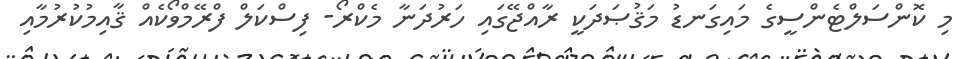
މި ކޮންސަލްޓެންސީގެ މައިގަނޑު މަޤުޞަދަކީ ރާއްޖޭގައި ހަރުދަނާ މެކްރޯ- ފިސްކަލް ފްރޭމްވޯކެއް ޤާއިމުކުރުމާއި